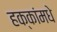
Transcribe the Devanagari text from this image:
हक्कांमधे